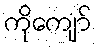
ကိုကျော်